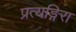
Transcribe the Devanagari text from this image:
प्रत्यङ्गिरा